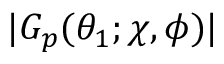
\vert G _ { p } ( \theta _ { 1 } ; \chi , \phi ) \vert